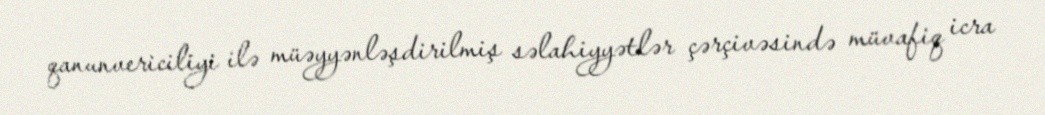
qanunvericiliyi ilə müəyyənləşdirilmiş səlahiyyətlər çərçivəsində müvafiq icra